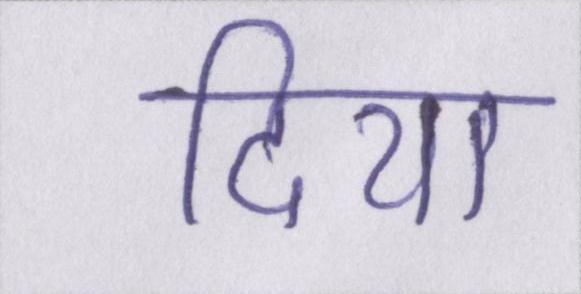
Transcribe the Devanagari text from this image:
दिया